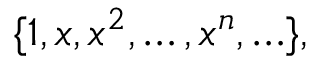
\{ 1 , x , x ^ { 2 } , \ldots , x ^ { n } , \ldots \} ,